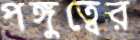
পঙ্গুত্বের